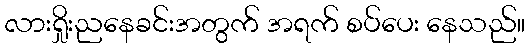
လားရှိုးညနေခင်းအတွက် အရက် စပ်ပေး နေသည်။